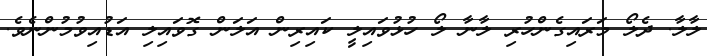
ލާލާ. ދެލޯ މަރައިގެންހުރި ލާނާ ލޯ ހުޅުވައިލީ ކައިރިން އަލަން ގޮވައިލި އަޑުއިވުމުންނެވެ.